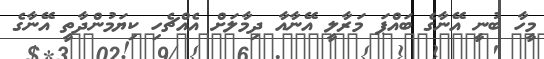
މީހާ ބުނީ އޭނާގެ ބައްޕަ މަރާލީ އޭނާއާ ދިމާލަށް އެއްޗެހި ކިޔަމުންދާތީ އޭނާގެ